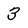
Character: 3